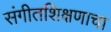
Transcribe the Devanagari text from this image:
संगीतशिक्षणाचा